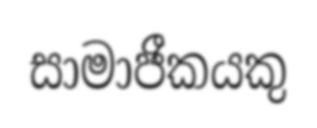
සාමාජීකයකු